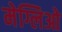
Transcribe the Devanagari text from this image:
मेग्लिओ